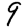
Digit: 9